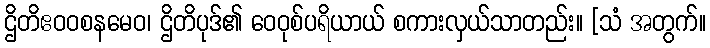
ဌိတိဧဝဝစနမေဝ၊ ဌိတိပုဒ်၏ ဝေဝုစ်ပရိယာယ် စကားလှယ်သာတည်း။ [သံ အတွက်။